Annual administration report of the Civil Veterinary Department of India - 1895-1896
Year: 1895
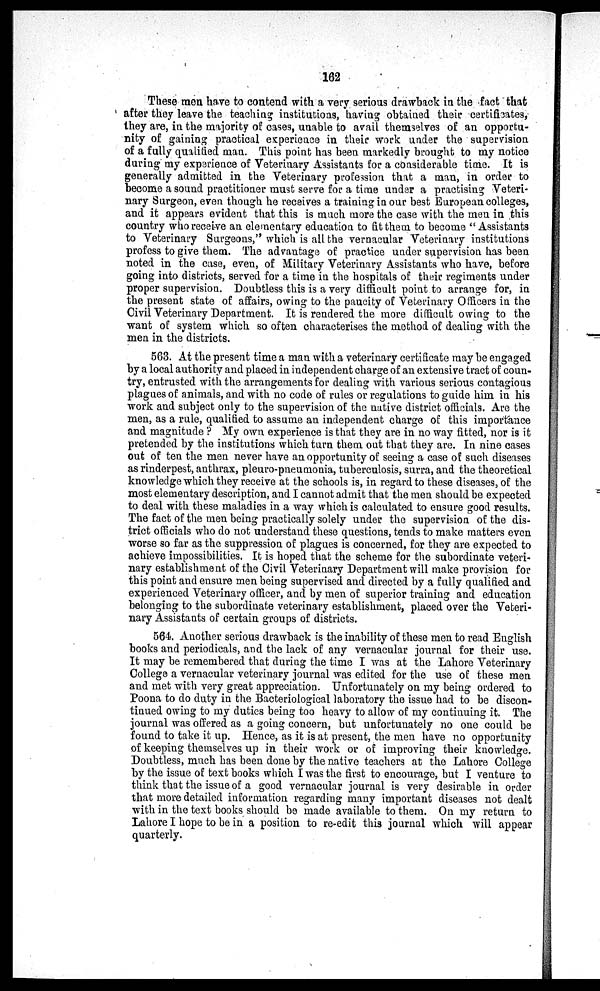
162
These men have to contend with a very serious drawback in the fact that
after they leave the teaching institutions, having obtained their certificates,
they are, in the majority of cases, unable to avail themselves of an opportu-
nity of gaining practical experience in their work under the supervision
of a fully qualified man. This point has been markedly brought to my notice
during my experience of Veterinary Assistants for a considerable time. It is
generally admitted in the Veterinary profession that a man, in order to
become a sound practitioner must serve for a time under a practising Veteri-
nary Surgeon, even though he receives a training in our best European colleges,
and it appears evident that this is much more the case with the men in this
country who receive an elementary education to fit them to become "Assistants
to Veterinary Surgeons," which is all the vernacular Veterinary institutions
profess to give them. The advantage of practice under supervision has been
noted in the case, even, of Military Veterinary Assistants who have, before
going into districts, served for a time in the hospitals of their regiments under
proper supervision. Doubtless this is a very difficult point to arrange for, in
the present state of affairs, owing to the paucity of Veterinary Officers in the
Civil Veterinary Department. It is rendered the more difficult owing to the
want of system which so often characterises the method of dealing with the
men in the districts.
563. At the present time a man with a veterinary certificate may be engaged
by a local authority and placed in independent charge of an extensive tract of coun-
try, entrusted with the arrangements for dealing with various serious contagious
plagues of animals, and with no code of rules or regulations to guide him in his
work and subject only to the supervision of the native district officials. Are the
men, as a rule, qualified to assume an independent charge of this importance
and magnitude ? My own experience is that they are in no way fitted, nor is it
pretended by the institutions which turn them out that they are. In nine cases
out of ten the men never have an opportunity of seeing a case of such diseases
as rinderpest, anthrax, pleuro-pneumonia, tuberculosis, surra, and the theoretical
knowledge which they receive at the schools is, in regard to these diseases, of the
most elementary description, and I cannot admit that the men should be expected
to deal with these maladies in a way which is calculated to ensure good results.
The fact of the men being practically solely under the supervision of the dis-
trict officials who do not understand these questions, tends to make matters even
worse so far as the suppression of plagues is concerned, for they are expected to
achieve impossibilities. It is hoped that the scheme for the subordinate veteri-
nary establishment of the Civil Veterinary Department will make provision for
this point and ensure men being supervised and directed by a fully qualified and
experienced Veterinary officer, and by men of superior training and education
belonging to the subordinate veterinary establishment, placed over the Veteri-
nary Assistants of certain groups of districts.
564. Another serious drawback is the inability of these men to read English
books and periodicals, and the lack of any vernacular journal for their use.
It may be remembered that during the time I was at the Lahore Veterinary
College a vernacular veterinary journal was edited for the use of these men
and met with very great appreciation. Unfortunately on my being ordered to
Poona to do duty in the Bacteriological laboratory the issue had to be discon-
tinued owing to my duties being too heavy to allow of my continuing it. The
journal was offered as a going concern, but unfortunately no one could be
found to take it up. Hence, as it is at present, the men have no opportunity
of keeping themselves up in their work or of improving their knowledge.
Doubtless, much has been done by the native teachers at the Lahore College
by the issue of text books which I was the first to encourage, but I venture to
think that the issue of a good vernacular journal is very desirable in order
that more detailed information regarding many important diseases not dealt
with in the text books should be made available to them. On my return to
Lahore I hope to be in a position to re-edit this journal which will appear
quarterly.